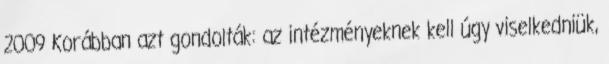
2009 Korábban azt gondolták: az intézményeknek kell úgy viselkedniük,